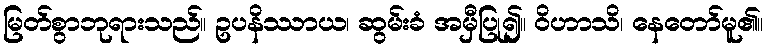
မြတ်စွာဘုရားသည်။ ဥပနိဿာယ၊ ဆွမ်းခံ အမှီပြု၍။ ဝိဟာသိ၊ နေတော်မူ၏။